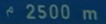
2500 m